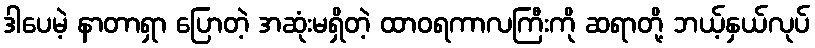
ဒါပေမဲ့ နာတာရှာ ပြောတဲ့ အဆုံးမရှိတဲ့ ထာဝရကာလကြီးကို ဆရာတို့ ဘယ့်နှယ်လုပ်